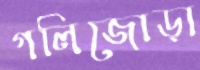
গলিজোড়া